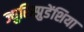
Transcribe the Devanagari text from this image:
ज्युरिस्प्रुडेंशिया